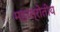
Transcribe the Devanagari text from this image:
महास्रोतीय